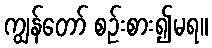
ကျွန်တော် စဉ်းစား၍မရ။